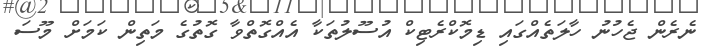
ނެރެން ޖެހުނު ހާލަތެއްގައި ޑިމޮކްރެޓިކް އުސޫލުތަކާ އެއްގޮތްވާ ގޮތުގެ މަތިން ކަމަށް މޫސަ